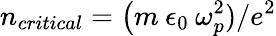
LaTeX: n_{critical}=\big(m\: \epsilon_{0}\: \omega_{p}^{2})/e^{2}